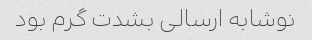
نوشابه ارسالی بشدت گرم بود